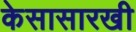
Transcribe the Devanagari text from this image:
केसासारखी